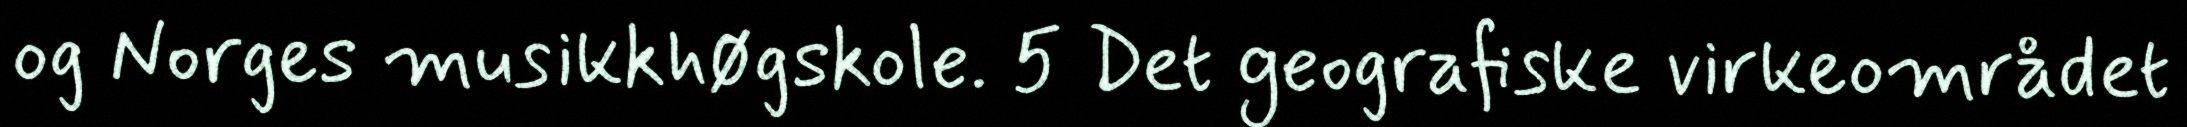
og Norges musikkhøgskole. 5 Det geografiske virkeområdet